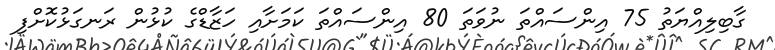
ގާބިލިއްޔަތު 75 އިންސައްތަ ނުވަތަ 80 އިންސައްތަ ކަމަށާއި ހަޒާޑްގެ ކުޅުން ރަނގަޅުކޮށްފި